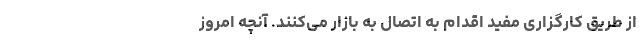
از طریق کارگزاری مفید اقدام به اتصال به بازار می‌کنند. آنچه امروز